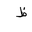
Letter: _za